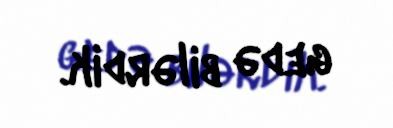
gedə bilərdik.